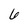
Character: 6